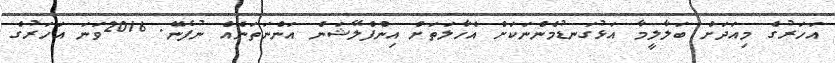
އަހަރުގެ މިއަދަށް ބަލާލީމާ އަޅުގަނޑުމެންނަކަށް އެހާލަތަށް އިންފްލޭޝަން އަންނަތަނެއް ނުފެނޭ. 2016ވަނަ އަހަރުގެ